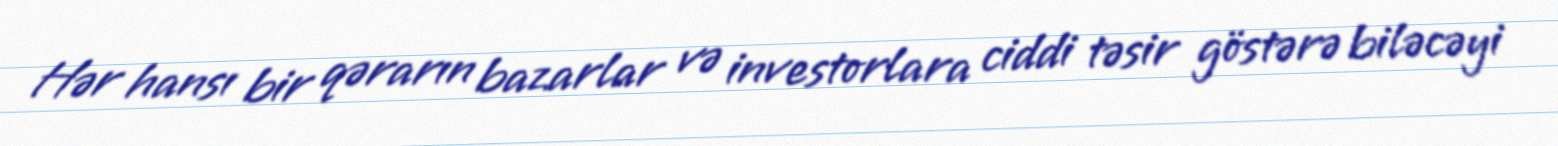
Hər hansı bir qərarın bazarlar və investorlara ciddi təsir göstərə biləcəyi